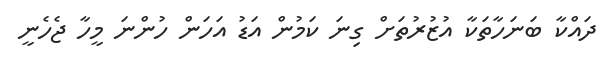
ދައްކާ ބަނަހާތަކާ އުޒުރުތަށް ގިނަ ކަމުން އަޑު އަހަން ހުންނަ މީހާ ޖެހެނީ